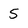
Character: 5